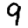
Digit: 9